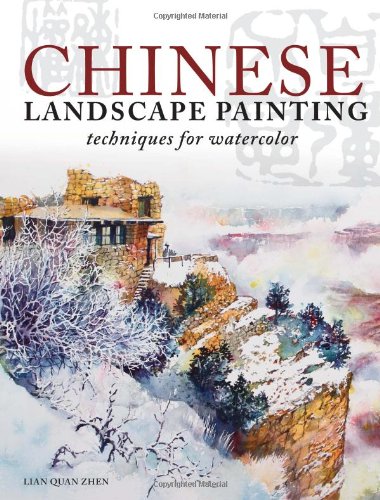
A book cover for Chinese Landscape Painting Techniques for Watercolor; Lian Quan Zhen; Arts & Photography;